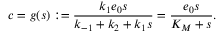
c = g ( s ) : = \frac { k _ { 1 } e _ { 0 } s } { k _ { - 1 } + k _ { 2 } + k _ { 1 } s } = \frac { e _ { 0 } s } { K _ { M } + s } .